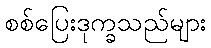
စစ်ပြေးဒုက္ခသည်များ